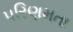
પરિણમતા